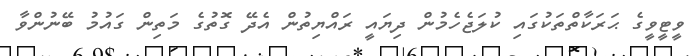
ވީޓީވީގެ ޙަރަކާތްތަކުގައި ކުލަޖެހެމުން ދިޔައީ ރައްޔިތުން އެދޭ ގޮތުގެ މަތިން ގައުމު ބޭނުންވާ